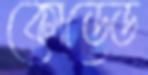
কোডেড